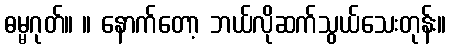
ဓမ္မဂုတ်။ ။ နောက်တော့ ဘယ်လိုဆက်သွယ်သေးတုန်း။